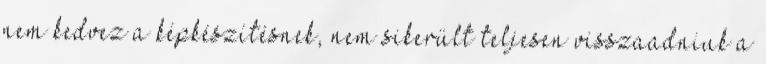
nem kedvez a képkészítésnek, nem sikerült teljesen visszaadniuk a